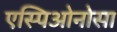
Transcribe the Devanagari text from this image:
एस्पिओनोसा